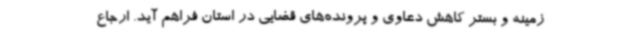
زمینه و بستر کاهش دعاوی و پرونده‌های قضایی در استان فراهم آید. ارجاع